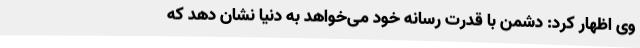
وی اظهار کرد: دشمن با قدرت رسانه خود می‌خواهد به دنیا نشان دهد که